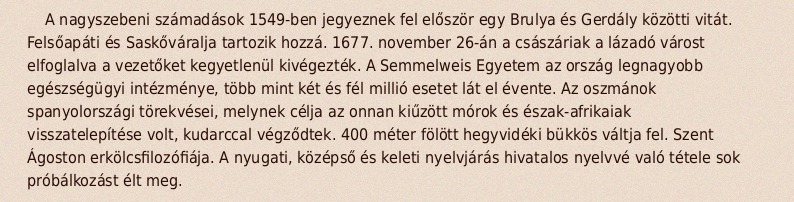
A nagyszebeni számadások 1549-ben jegyeznek fel először egy Brulya és Gerdály közötti vitát. Felsőapáti és Saskőváralja tartozik hozzá. 1677. november 26-án a császáriak a lázadó várost elfoglalva a vezetőket kegyetlenül kivégezték. A Semmelweis Egyetem az ország legnagyobb egészségügyi intézménye, több mint két és fél millió esetet lát el évente. Az oszmánok spanyolországi törekvései, melynek célja az onnan kiűzött mórok és észak-afrikaiak visszatelepítése volt, kudarccal végződtek. 400 méter fölött hegyvidéki bükkös váltja fel. Szent Ágoston erkölcsfilozófiája. A nyugati, középső és keleti nyelvjárás hivatalos nyelvvé való tétele sok próbálkozást élt meg.